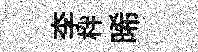
李柈晞